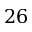
2 6